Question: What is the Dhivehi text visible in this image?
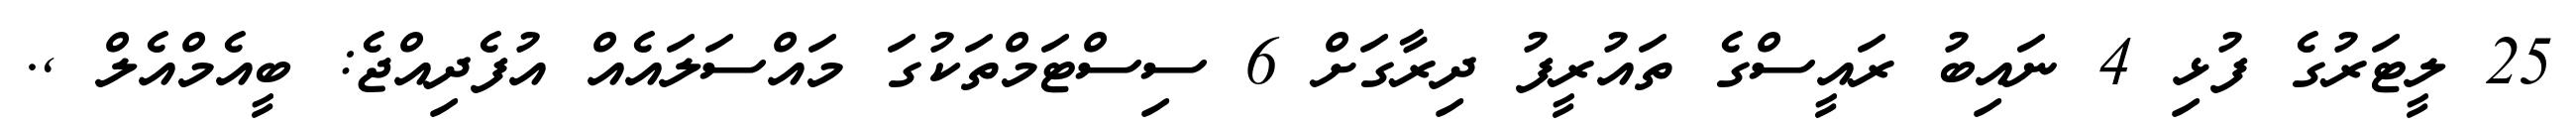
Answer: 25 ލީޓަރުގެ ފުޅި 4 ނައިބު ރައީސްގެ ތައުރީފު ދިރާގަށް 6 ސިސްޓަމްތަކުގަ މައްސަލައެއް އުފެދިއްޖެ: ބީއެމްއެލް ,.